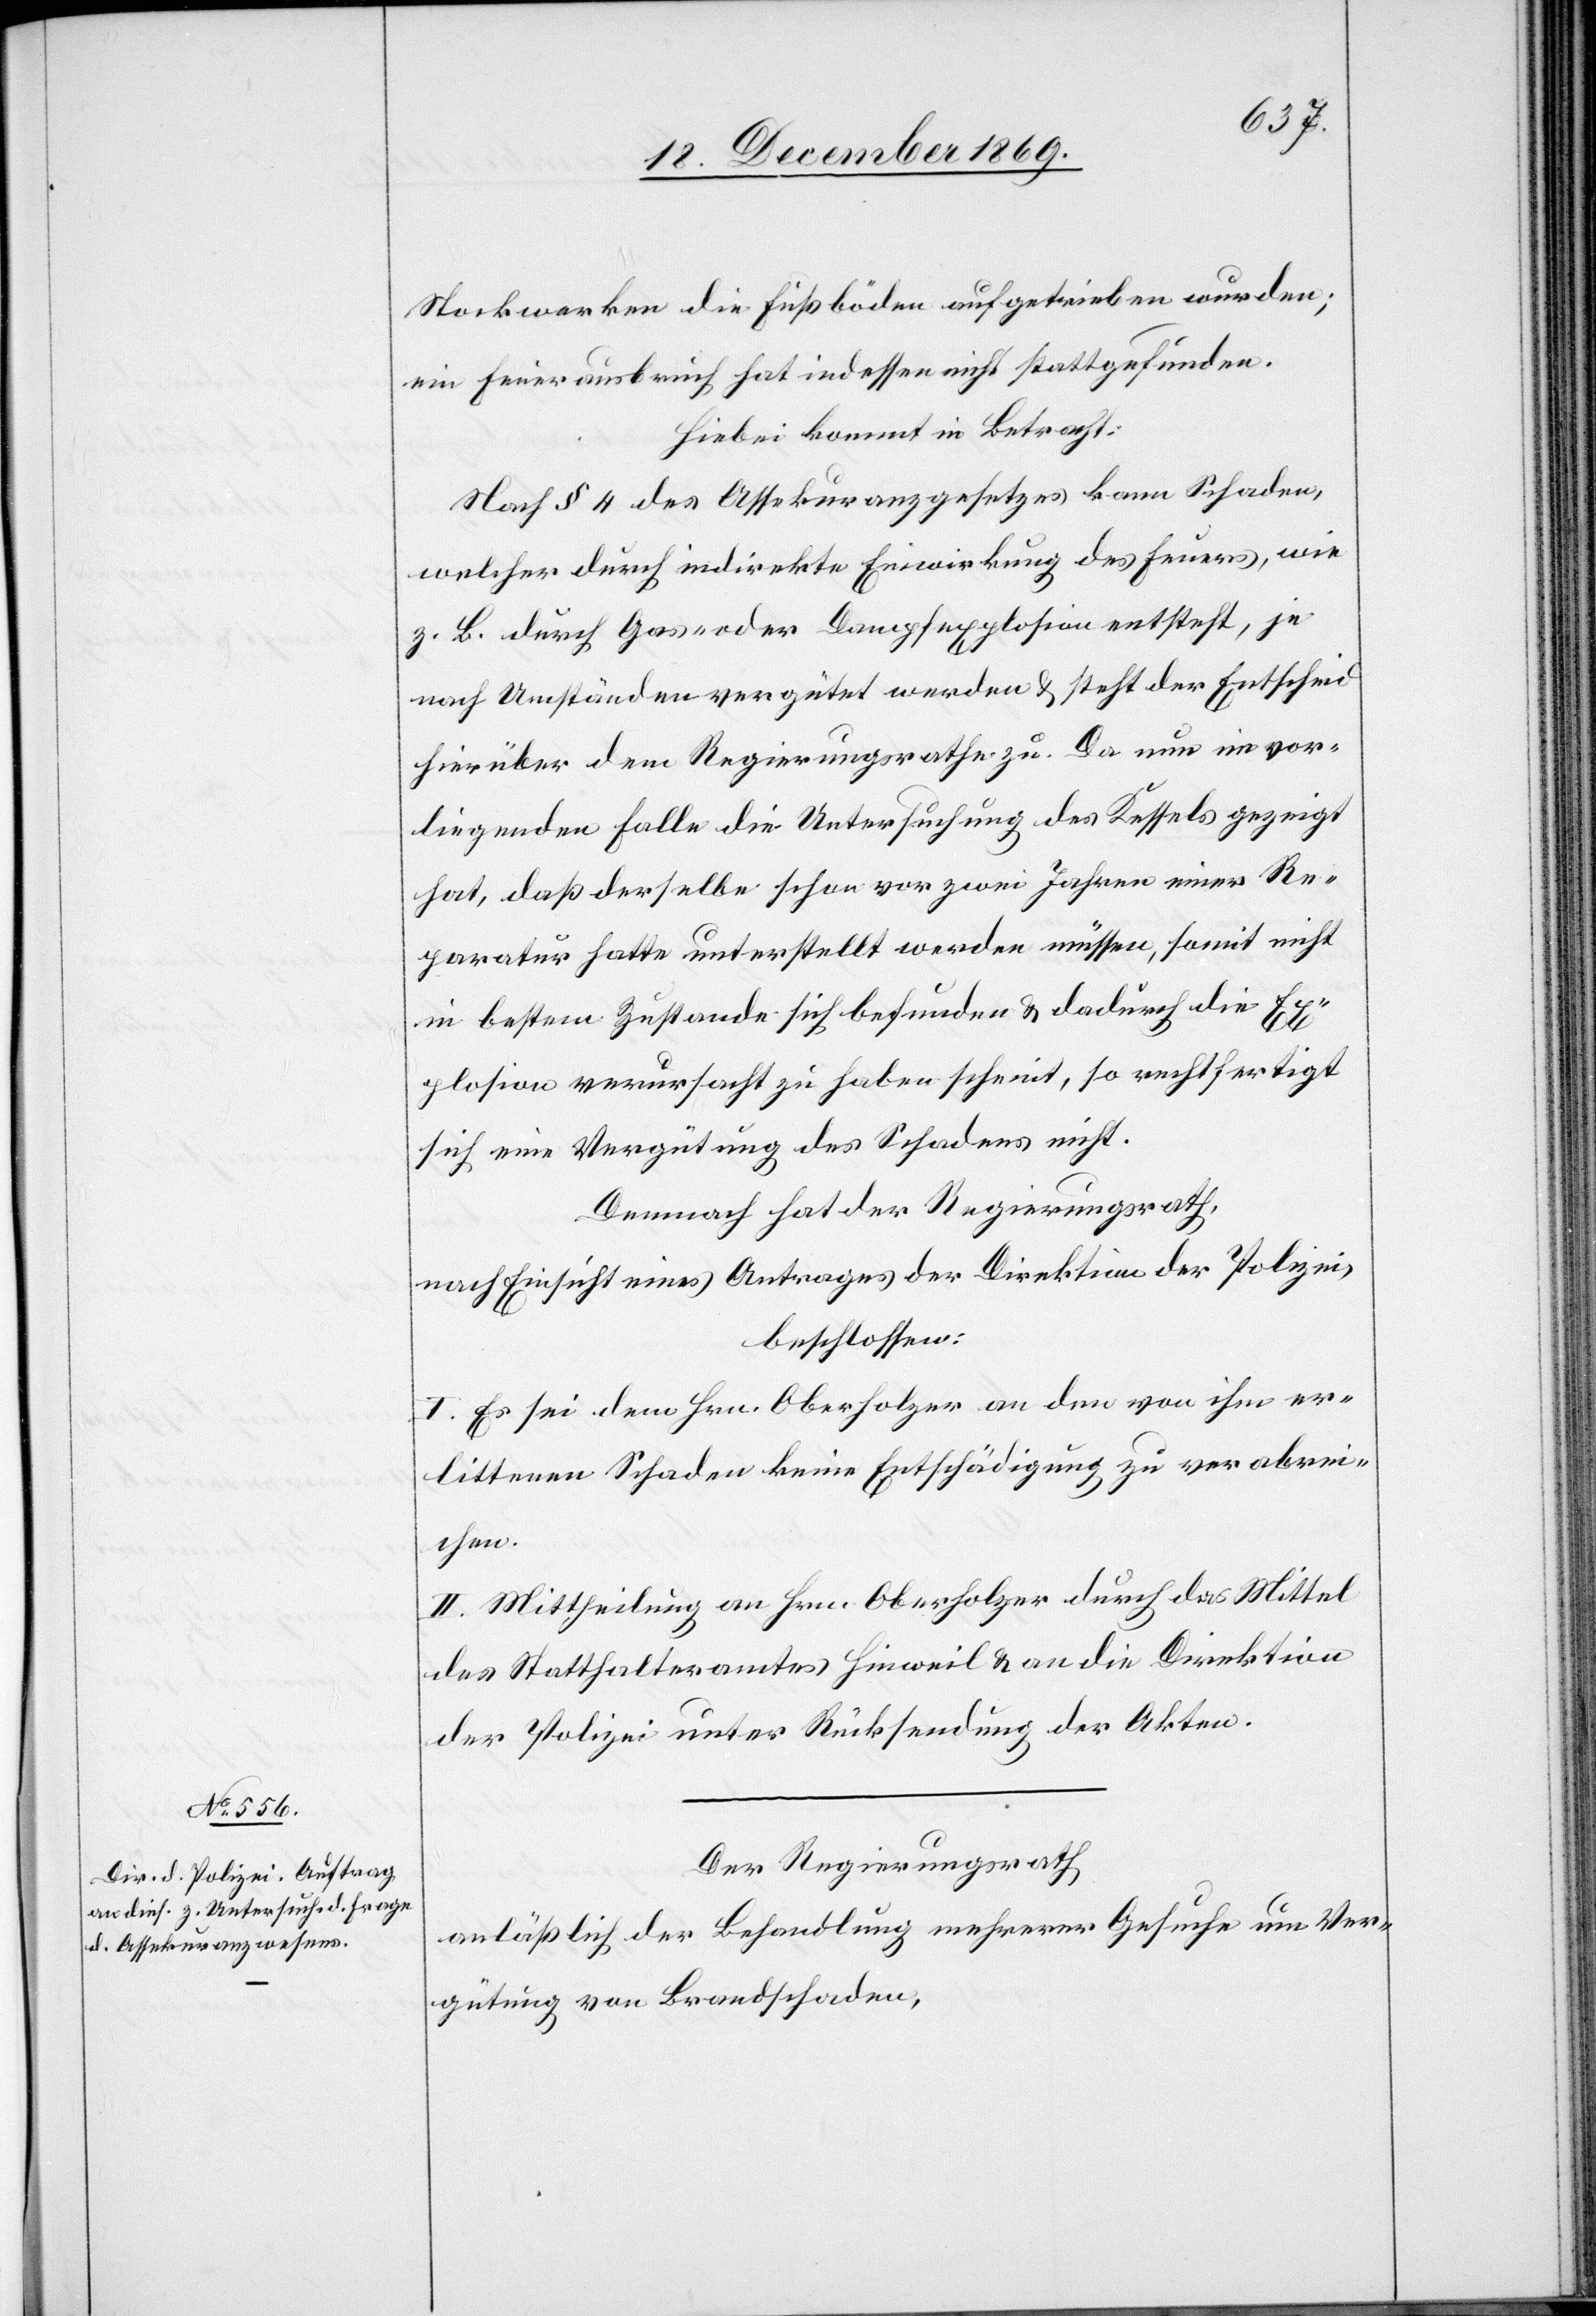
Stockwerken die Fußböden aufgetrieben wurden;
ein Feuerausbruch hat indessen nicht stattgefunden.
Hiebei kommt in Betracht:
Nach § 4 des Assekuranzgesetzes kann Schaden,
welcher durch indirekte Einwirkung des Feuers, wie
z. B. durch Gas- oder Dampfexplosion entsteht, je
nach Umständen vergütet werden & steht der Entscheid
hierüber dem Regierungsrathe zu. Da nun im vor¬
liegenden Falle die Untersuchung des Kessels gezeigt
hat, daß derselbe schon vor zwei Jahren einer Re¬
paratur hatte unterstellt werden müssen, somit nicht
in bestem Zustande sich befunden & dadurch die Ex¬
plosion verursacht zu haben scheint, so rechtfertigt
sich eine Vergütung des Schadens nicht.
Demnach hat der Regierungsrath,
nach Einsicht eines Antrages der Direktion der Polizei,
beschlossen:
I. Es sei dem Hrn. Oberholzer an den von ihm er¬
littenen Schaden keine Entschädigung zu verabrei¬
chen.
II. Mittheilung an Hrn. Oberholzer durch das Mittel
des Statthalteramtes Hinweil & an die Direktion
der Polizei unter Rücksendung der Akten.
Der Regierungsrath
anläßlich der Behandlung mehrerer Gesuche um Ver¬
gütung von Brandschaden,